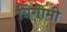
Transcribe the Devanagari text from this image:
त्रिगामी